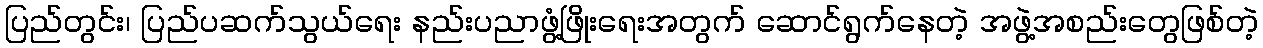
ပြည်တွင်း၊ ပြည်ပဆက်သွယ်ရေး နည်းပညာဖွံ့ဖြိုးရေးအတွက် ဆောင်ရွက်နေတဲ့ အဖွဲ့အစည်းတွေဖြစ်တဲ့